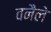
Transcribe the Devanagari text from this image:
वनैले